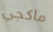
ماكجي